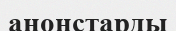
анонстарды